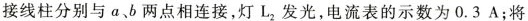
接线柱分别与a、b两点相连接，灯L_{2}，发光，电流表的示数为0.3 A；将